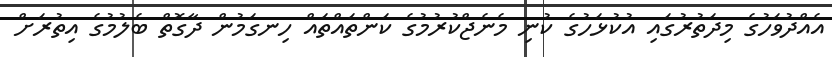
އެއްދުވަހުގެ މިދަތުރުގައި އުކުޅަހުގެ ކުނި މެނެޖްކުރުމުގެ ކަންތައްތައް ހިނގަމުން ދާގޮތް ބެލުމުގެ އިތުރަށް